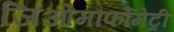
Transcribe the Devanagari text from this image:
जिओमौर्फोमेट्री